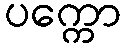
ပက္ကော